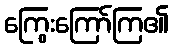
ကြွေးကြော်ကြ၏